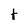
Character: t